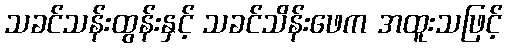
သခင်သန်းထွန်းနှင့် သခင်သိန်းဖေက အထူးသဖြင့်